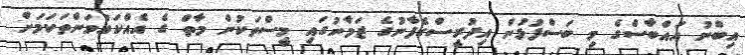
އިބްނު އައްބާސްގެ މި ބަސްފުޅުން އިދުރީސްގެފާނުގެ ޒަމާނުގައި މީސްތަކުން މާތް ގެ އެއްކައުވަންތަކަމަށް